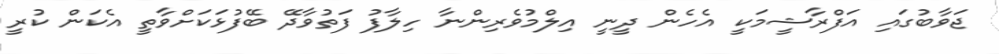
ޖަވާބުގައި އަފްރާޝީމަކީ އެހެން ދީނީ އިލްމުވެރިންނާ ހިލާފު ފަތުވާދޭ ބޭފުޅަކަށްވާތީ އެކަން ކުރީ